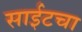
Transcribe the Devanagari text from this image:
साईटचा